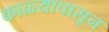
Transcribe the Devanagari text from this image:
काळ्यापासून